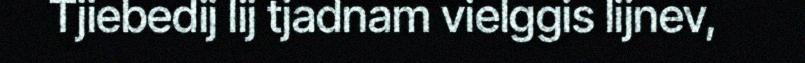
Tjiebedij lij tjadnam vielggis lijnev,